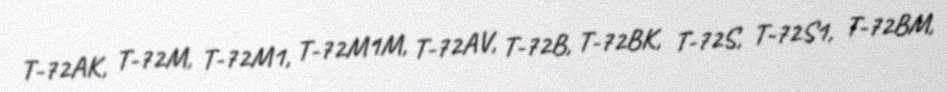
T-72AK, T-72M, T-72M1, T-72M1M, T-72AV, T-72B, T-72BK, T-72S, T-72S1, T-72BM,